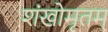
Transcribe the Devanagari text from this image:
शंखोमृतम्